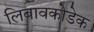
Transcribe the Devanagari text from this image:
लिबावकोडेक